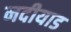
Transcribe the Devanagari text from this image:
नदीयाड